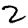
Digit: 2